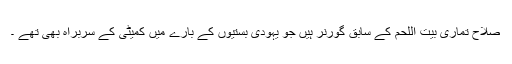
صلاح تماری بیت اللحم کے سابق گورنر ہیں جو یہودی بستیوں کے بارے میں کمیٹی کے سربراہ بھی تھے ۔